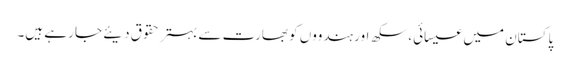
پاکستان میں عیسائی، سکھ اور ہندووں کو بھارت سے بہتر حقوق دیئے جا رہے ہیں۔